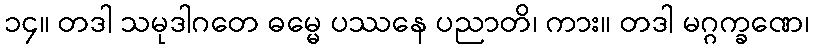
၁၄။ တဒါ သမုဒါဂတေ ဓမ္မေ ပဿနေ ပညာတိ၊ ကား။ တဒါ မဂ္ဂက္ခဏေ၊